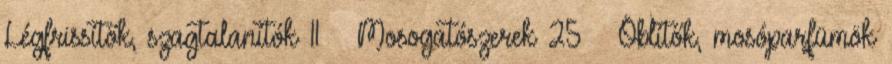
Légfrissítők, szagtalanítók 11 › Mosogatószerek 25 › Öblítők, mosóparfümök